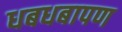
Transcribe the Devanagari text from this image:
धबधबापण